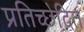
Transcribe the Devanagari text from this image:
प्रतिच्छेदित